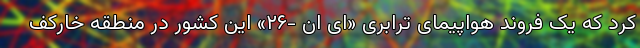
کرد که یک فروند هواپیمای ترابری «اِی ان -۲۶» این کشور در منطقه خارکف